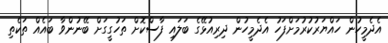
އެދެމީހުން ހައްޔަރުކުރުމަށްފަހު އެދެމީހުން ދިރިއުޅޭގެ ބަލައި ފާސްކޮށް ތަހުގީގަށް ބޭނުންވާ ބައެއް ތަކެތި